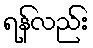
ရန်လည်း